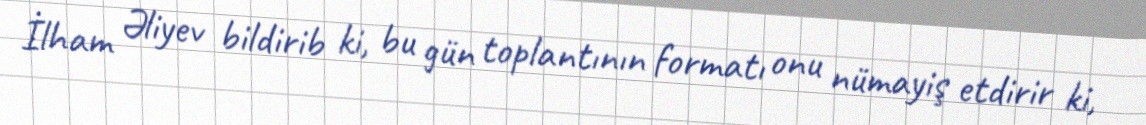
İlham Əliyev bildirib ki, bu gün toplantının formatı onu nümayiş etdirir ki,